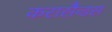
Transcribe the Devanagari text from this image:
करासैव्डस